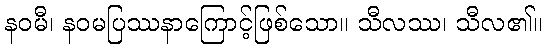
နဝမီ၊ နဝမပြဿနာကြောင့်ဖြစ်သော။ သီလဿ၊ သီလ၏။